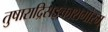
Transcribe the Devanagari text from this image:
तुषाराद्रिसङ्काशगौरम्